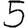
Digit: 5